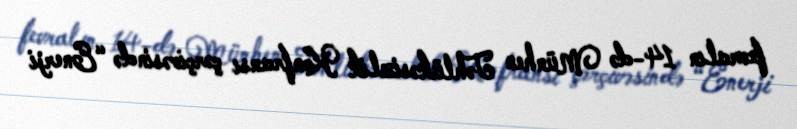
fevralın 14-də Münhen Təhlükəsizlik Konfransı çərçivəsində “Enerji